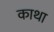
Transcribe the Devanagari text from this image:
काथा